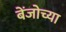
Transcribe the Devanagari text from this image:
बेंजोच्या